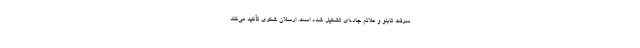
سرقت تابلو و علائم جاده‌ای تشکیل شده ‌است. ارسلان شکری تأکید می‌کند